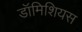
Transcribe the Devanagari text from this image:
डॉमिशियस